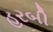
હરબી